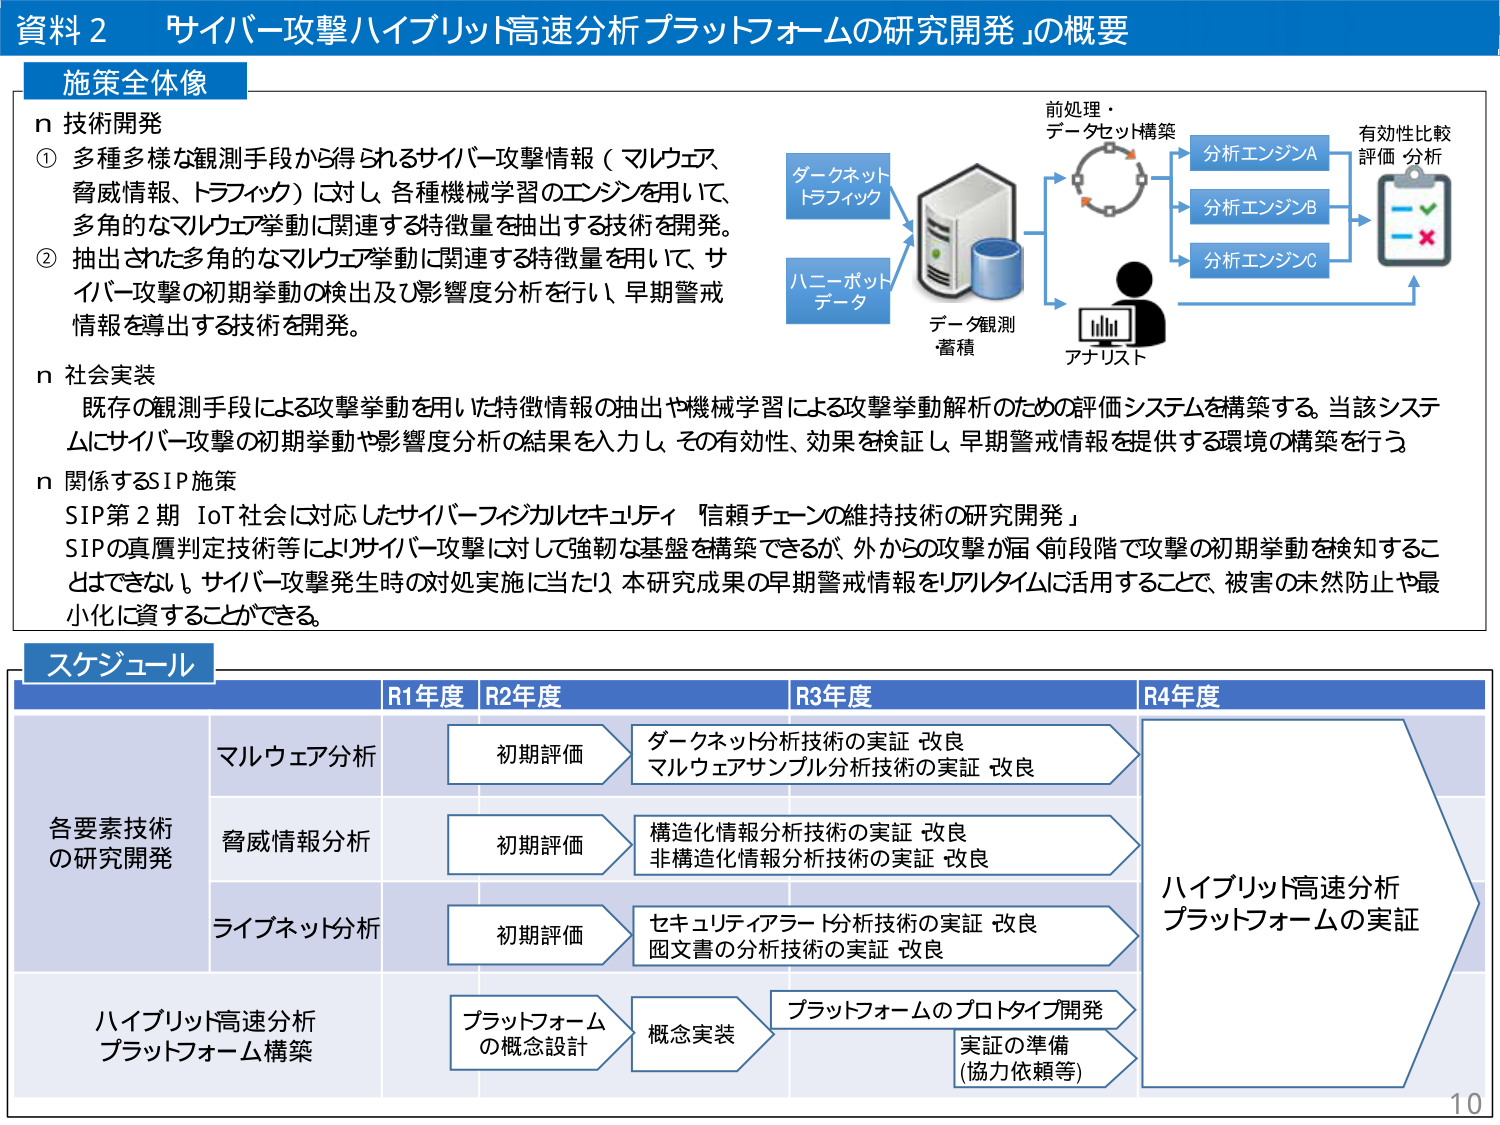
資料２ 「サイバー攻撃ハイブリット高速分析プラットフォームの研究開発」の概要

施策全体像

n 技術開発
① 多種多様な観測手段から得られるサイバー攻撃情報（マルウェア、脅威情報、トラフィック）に対し、各種機械学習のエンジンを用いて、多角的なマルウェア挙動に関連する特徴量を抽出する技術を開発。
② 抽出された多角的なマルウェア挙動に関連する特徴量を用いて、サイバー攻撃の初期挙動の検出及び影響度分析を行い、早期警戒情報を導出する技術を開発。

n 社会実装
既存の観測手段による攻撃挙動を用いた特徴情報の抽出や機械学習による攻撃挙動解析のための評価システムを構築する。当該システムにサイバー攻撃の初期挙動や影響度分析の結果を入力し、その有効性、効果を検証し、早期警戒情報を提供する環境の構築を行う。

n 関係するSIP施策
SIP第2期 IoT社会に対応したサイバーフィジカルセキュリティ「信頼チェーンの維持技術の研究開発」
SIPの真偽判定技術等によりサイバー攻撃に対して強靭な基盤を構築できるが、外からの攻撃が届く前段階で攻撃の初期挙動を検知することはできない。サイバー攻撃発生時の対処実施に当たり、本研究成果の早期警戒情報をリアルタイムに活用することで、被害の未然防止や最小化に資することができる。

スケジュール

各要素技術の研究開発
R1年度 R2年度 R3年度 R4年度

マルウェア分析
初期評価
ダークネット分析技術の実証 改良
マルウェアサンプル分析技術の実証 改良

脅威情報分析
初期評価
構造化情報分析技術の実証 改良
非構造化情報分析技術の実証 改良

ライブネット分析
初期評価
セキュリティアラート分析技術の実証 改良
図文書の分析技術の実証 改良

ハイブリット高速分析プラットフォーム構築
プラットフォームの概念設計
概念実装
プラットフォームのプロトタイプ開発
実証の準備（協力依頼等）

ハイブリット高速分析プラットフォームの実証

ダークネットトラフィック
ハニーポットデータ
データ観測蓄積
前処理・データセット構築
分析エンジンA
分析エンジンB
分析エンジンC
アナリスト
有効性比較評価分析

10